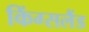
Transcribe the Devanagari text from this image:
किंग्सलैंड